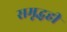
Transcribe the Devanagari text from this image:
समृद्धही